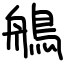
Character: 鵃